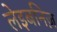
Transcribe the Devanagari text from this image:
लेइबनिज़